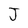
Character: J